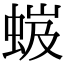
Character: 𧋏